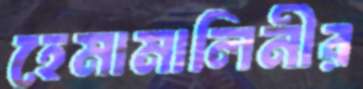
হেমামালিনীর